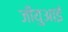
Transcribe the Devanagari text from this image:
जीयुआई